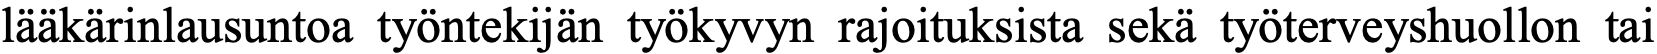
lääkärinlausuntoa työntekijän työkyvyn rajoituksista sekä työterveyshuollon tai